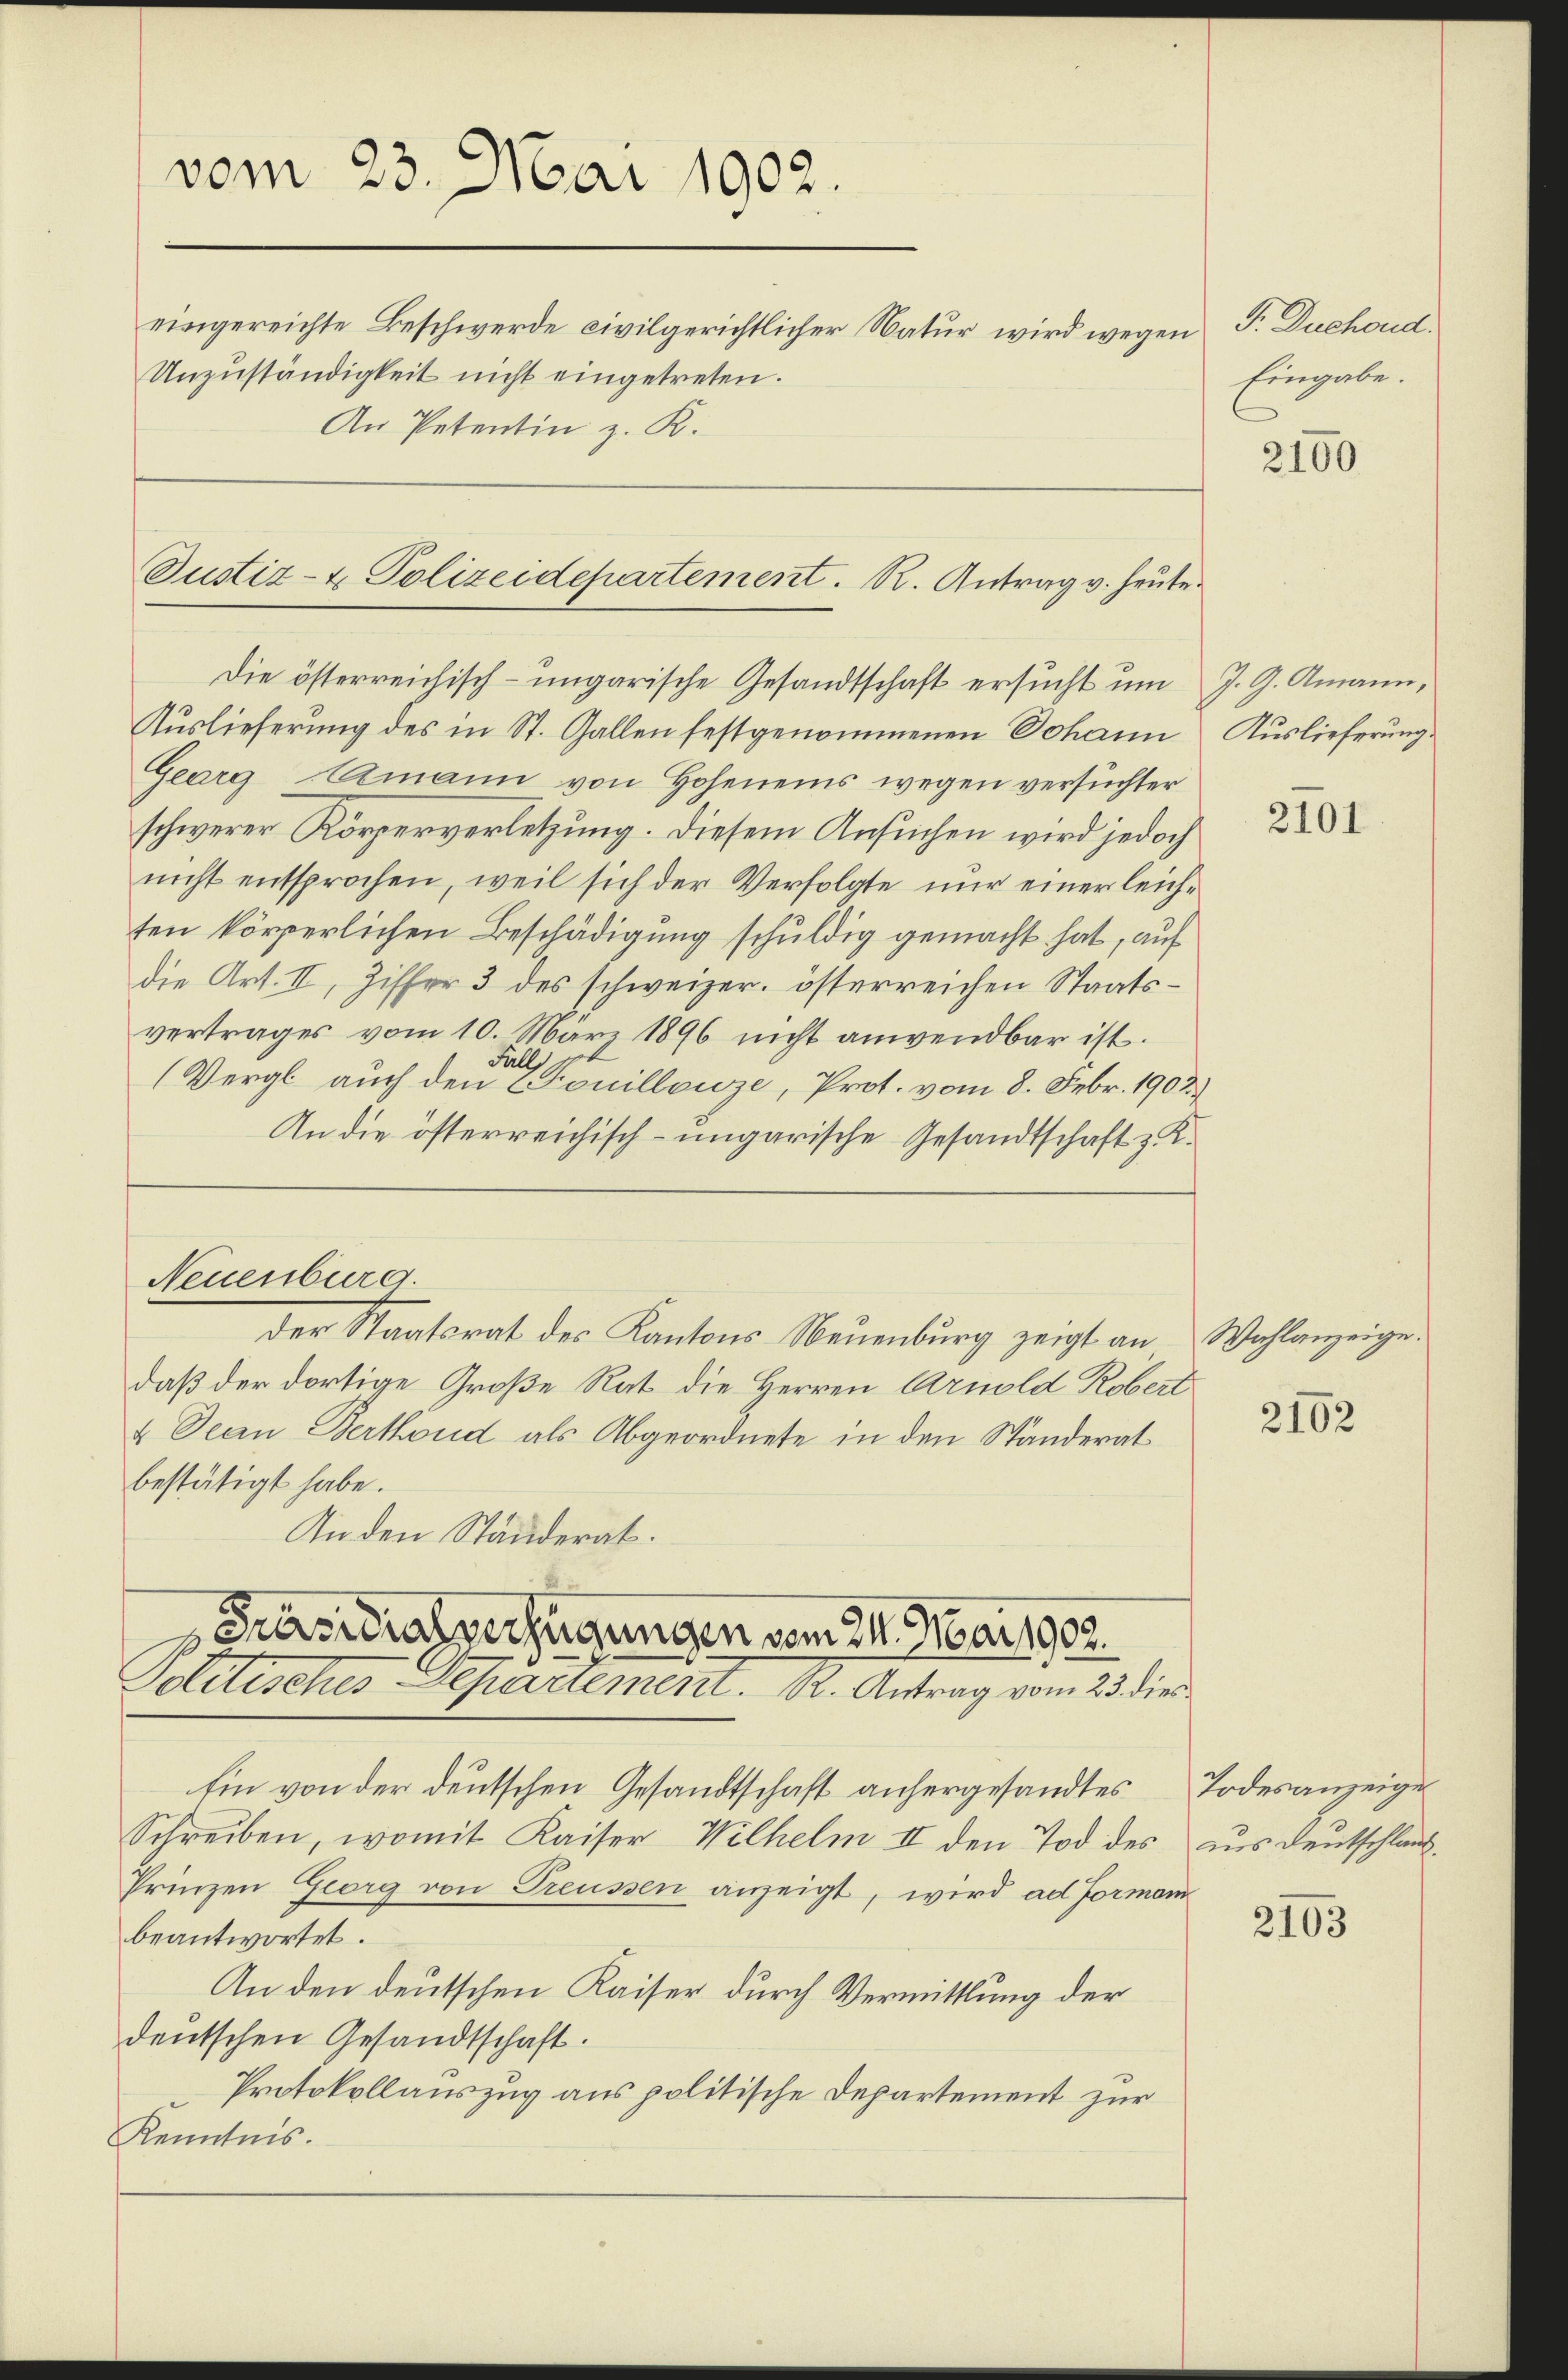
vom 23. Mai 1902.
eingereichte Beschwerde civilgerichtlicher Natur wird wegen
Unzuständigkeit nicht eingetreten.
An Petentin z. K.

Justiz- & Polizeidepartement. R. Antrag v. heute.

Die österreichisch-ungarische Gesandtschaft ersucht um
Auslieferung des in St. Gallen festgenommenen Johann
Georg Armann von Hoheneins wegen versuchter
schwerer Körperverletzung. Diesem Ansuchen wird jedoch
nicht entsprochen, weil sich der Verfolgte nur einer leichten körperlichen Beschädigung schuldig gemacht hat, auf
die Art. II, Ziffer 3 des schweizer. österreichen Staatsvertrages vom 10. März 1896 nicht anwendbar ist.
Fall
(Vergl. auch den Couillouze, Prot. vom 8. Febr. 1903.)
An die österreichisch-ungarische Gesandtschaft z. K.

Neuenburg.

der Staatsrat des Kantons Neuenburg zeigt an
daß der dortige Große Rat die Herren Arnold Robert
4 Jean Berthoud als Abgeordnete in den Ständerat
bestätigt habe.
An den Ständerat.

Präsidialverfügungen vom 24. Mai 1902.
Politisches Departement. R. Antrag vom 23. dies

Ein von der deutschen Gesandtschaft anhergesandtes Todesanzeige
Schreiben, womit Kaiser Wilhelm II den Tod des aus Deutschlauf¬
Prinzen Georg von Treussen anzeigt, wird ad Formann
beantwortet.
An den deutschen Kaiser durch Vermittlung der
deutschen Gesandtschaft.
Protokollauszug aus politische Departement zur
Kenntnis.

F. Duchoud.
Eingabe.

2100

J. G. Amann,
Auslieferung.

2101

Wahlanzeige.

2102

2103